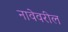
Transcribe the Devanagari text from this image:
नावेवरील